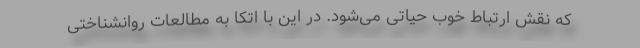
که نقش ارتباط خوب حیاتی می‌شود. در این با اتکا به مطالعات روانشناختی